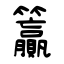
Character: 籯